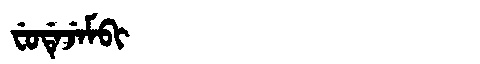
Manchu: ᠸᡠᡩᡝᠵᡝᠮᠪᡳ
Romanization: FUDEJEMBI